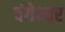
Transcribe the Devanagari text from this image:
वंगेश्‍वर